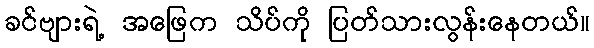
ခင်ဗျားရဲ့ အဖြေက သိပ်ကို ပြတ်သားလွန်းနေတယ်။